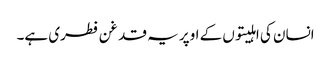
انسان کی اہلیتوں کے اوپر یہ قدغن فطری ہے۔